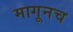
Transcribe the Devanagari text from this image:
मागूनच